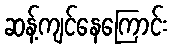
ဆန့်ကျင်နေကြောင်း